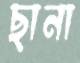
ছানা